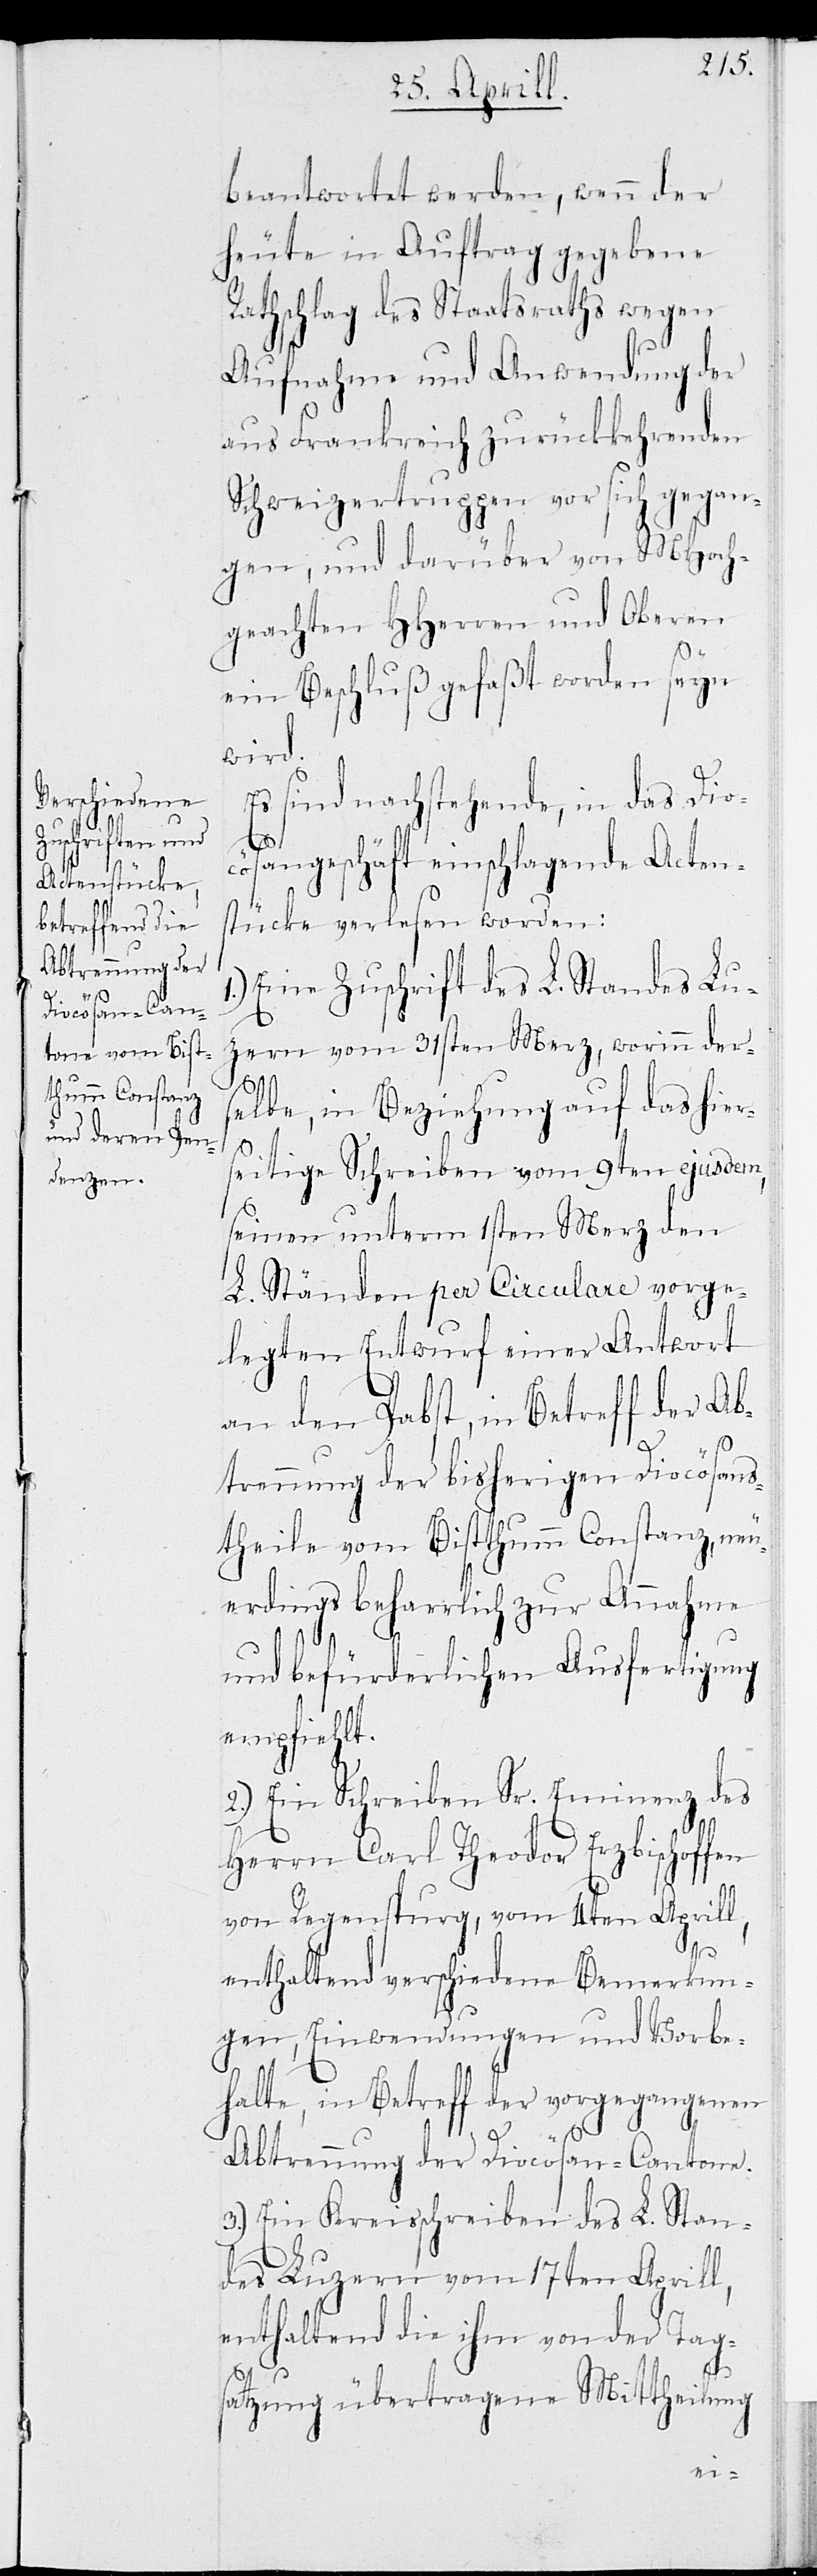
beantwortet werden, wenn der
heute in Auftrag gegebene
Rathschlag des Staatsraths wegen
Aufnahme und Anwendung der
aus Frankreich zurückkommenden
Schweizertruppen vor sich gegan¬
gen, und darüber von MHoch¬
geachten HHerren und Oberen
ein Beschluß gefaßt worden seyn
wird.
Es sind nachstehende, in das Dio¬
cösangeschäft einschlagende Acten¬
stücke verlesen worden:
Eine Zuschrift des L. Standes Lu¬
zern vom 31sten Merz, worinn der¬
selbe, in Beziehung auf das hier¬
seitige Schreiben vom 9ten ejusedem,
seinen unterm 1sten Merz den
L. Ständen per Circular vorge¬
legten Entwurf einer Antwort
an den Pabst, in Betreff der Ab¬
trennung der bisherigen Diocösans¬
theile vom Bistthum Constanz, neu¬
erdings beharrlich zur Annahme
und befürderlichen Ausfertigung
empfiehlt.
2.) Ein Schreiben Sr. Eminenz des
Herrn Carl Theodor Erzbischoffen
von Regenpurg, vom 4ten Aprill,
1.)
enthaltend verschiedene Bemerkun¬
gen, Einwendungen und Vorbe¬
halte, in Betreff der vorgegangenen
Abtrennung der Diocösan-Cantone.
3.) Ein Kreisschreiben des L. Stan¬
des Luzern vom 17ten Aprill,
enthaltend die ihm von der Tag¬
satzung übertragene Mittheilung